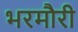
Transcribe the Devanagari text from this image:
भरमौरी